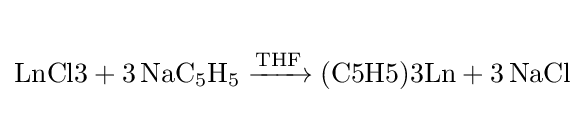
{\begin{matrix}{}\\{{\text{LnCl3}}{}+{}3\,\mathrm {NaC} {\vphantom {A}}_{\smash[{t}]{5}}\mathrm {H} {\vphantom {A}}_{\smash[{t}]{5}}{}\mathrel {\xrightarrow {\mathrm {THF} } } {}{\text{(C5H5)3Ln}}{}+{}3\,\mathrm {NaCl} }\\{}\end{matrix}}